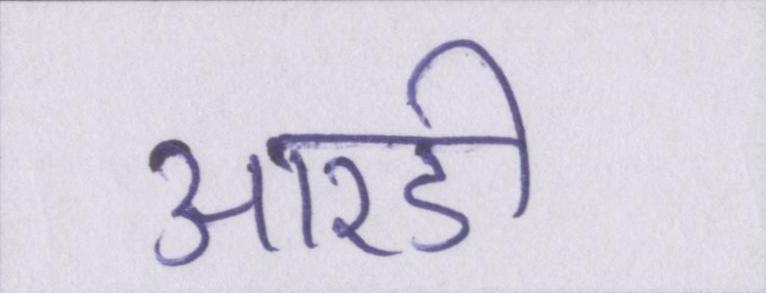
आरडी